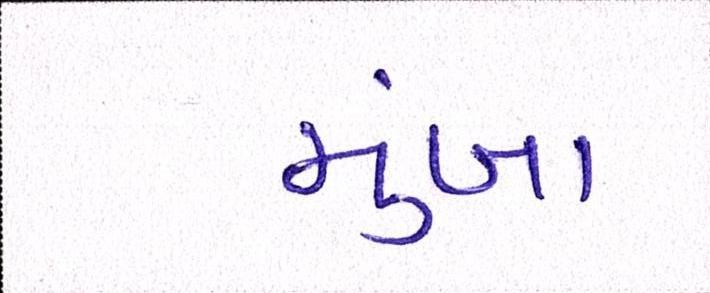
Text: મુંબા